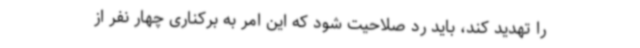
را تهدید کند، باید رد صلاحیت شود که این امر به برکناری چهار نفر از